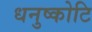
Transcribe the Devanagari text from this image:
धनुष्कोटि